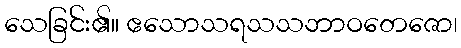
သေခြင်း၏။ ဧသောသရသသဘာဝတေဇော၊